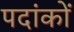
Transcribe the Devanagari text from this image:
पदांकों